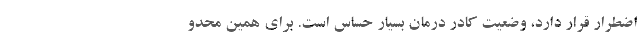
اضطرار قرار دارد، وضعیت کادر درمان بسیار حساس است. برای همین محدو